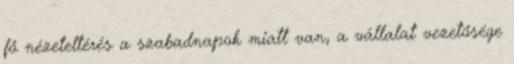
fő nézeteltérés a szabadnapok miatt van, a vállalat vezetősége